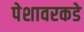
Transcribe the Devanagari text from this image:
पेशावरकडे